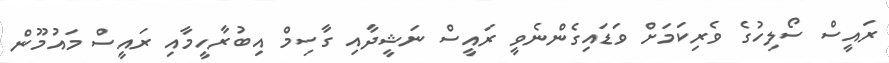
ރައީސް ސޯލިހުގެ ވެރިކަމަށް ވަޑައިގެންނެވީ ރައީސް ނަޝީދާއި ގާސިމް އިބުރާހީމާއި ރައީސް މައުމޫން